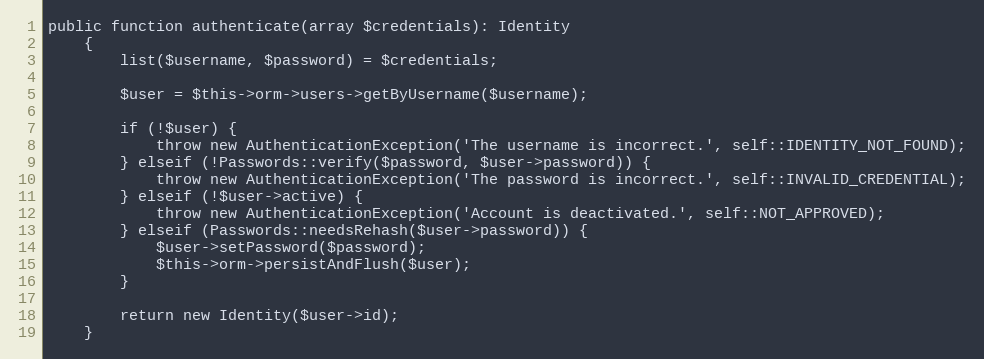
Language: PHP
public function authenticate(array $credentials): Identity
	{
		list($username, $password) = $credentials;

		$user = $this->orm->users->getByUsername($username);

		if (!$user) {
			throw new AuthenticationException('The username is incorrect.', self::IDENTITY_NOT_FOUND);
		} elseif (!Passwords::verify($password, $user->password)) {
			throw new AuthenticationException('The password is incorrect.', self::INVALID_CREDENTIAL);
		} elseif (!$user->active) {
			throw new AuthenticationException('Account is deactivated.', self::NOT_APPROVED);
		} elseif (Passwords::needsRehash($user->password)) {
			$user->setPassword($password);
			$this->orm->persistAndFlush($user);
		}

		return new Identity($user->id);
	}